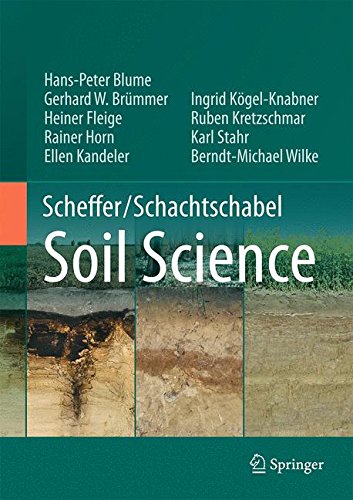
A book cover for Scheffer/Schachtschabel Soil Science; Hans-Peter Blume; Science & Math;